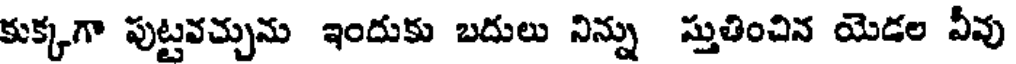
కుక్కగా పుట్టవచ్చును ఇందుకు బదులు నిన్ను స్తుతించిన యెడల వీవు